Loodushoiu_ja_Turismi_Instituut, lk 332
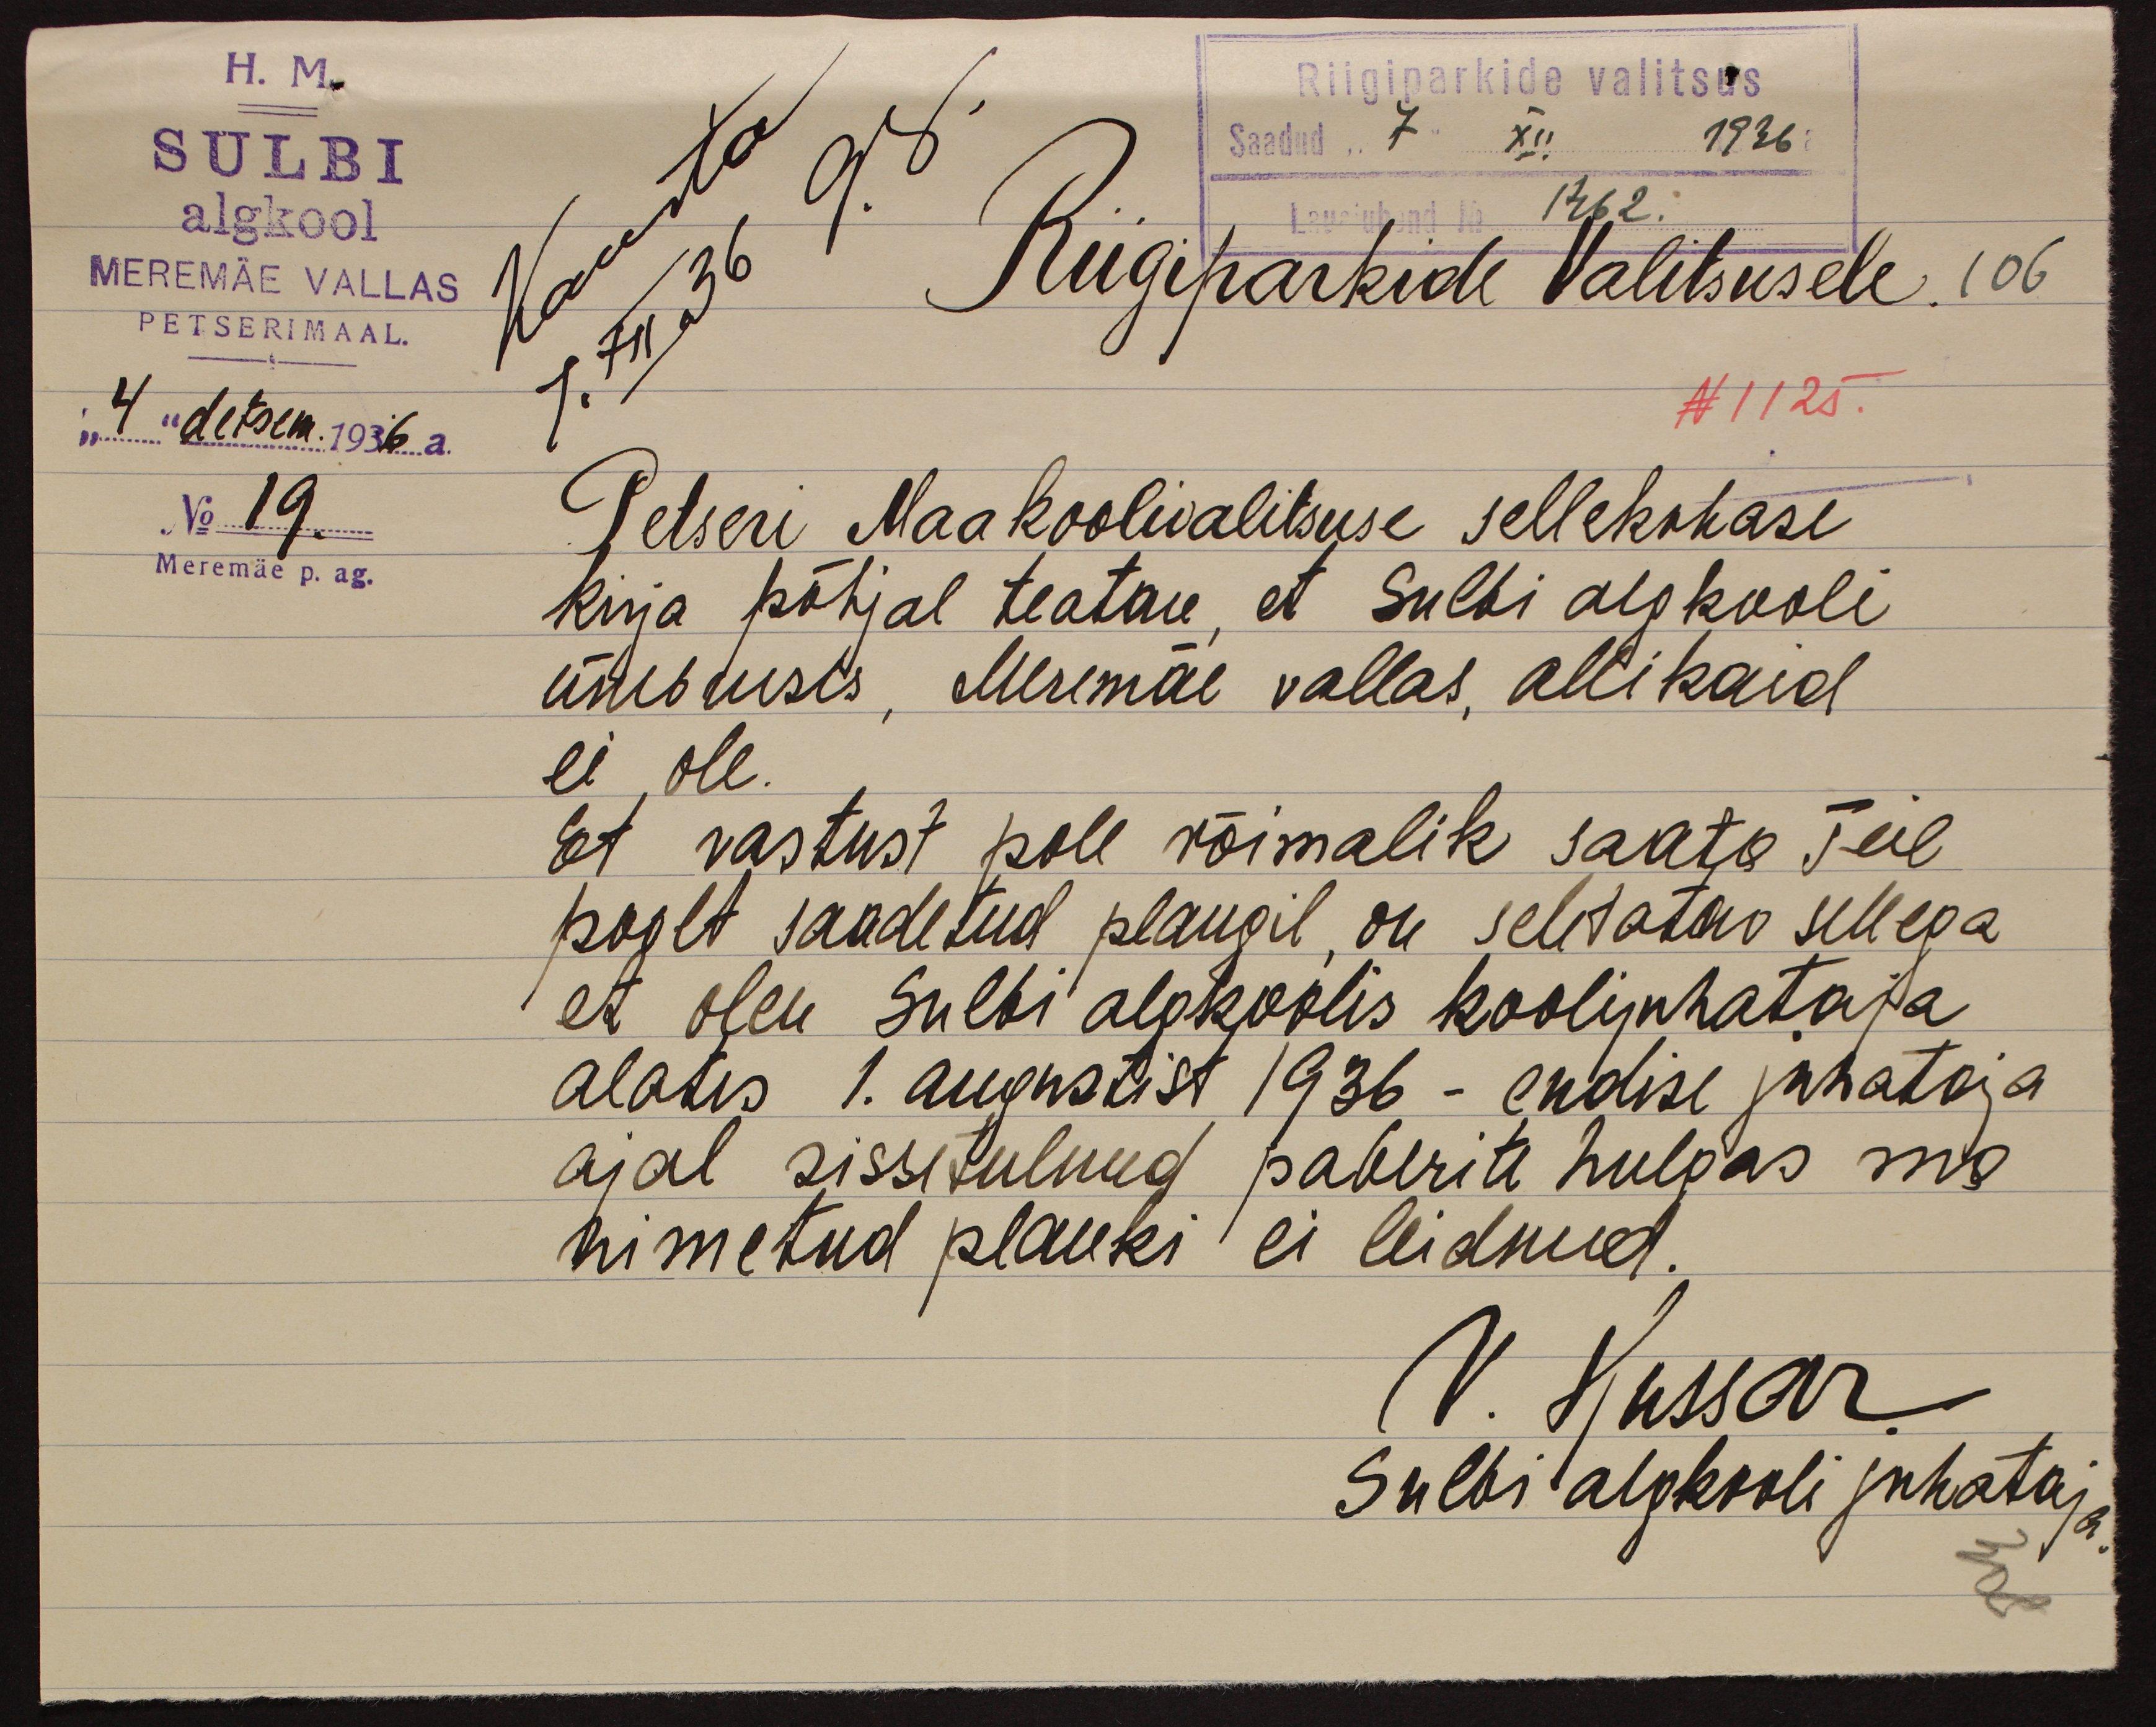
H. M.
Riigiparkide valitsus
SULBI
Saadud "7" XII 1936 a
algkool
Lauajuhend No 1462
MEREMÄE VALLAS
Riigiparkide Valitsusele.106
PETSERIMAAL.
"4" detsem. 1936 a.
N 1125.
No 19.
Petseri Maakoolivalitsuse sellekohase
Meremäe p. ag.
kirja põhjal teatan, et Sulbi algkooli
ümbruses, Meremae vallas, allikaid
ei ole.
Et vastust pole võimalik saata Teie
poolt saadetud plangil, on seletatav sellega
et olen Sulbi algkoolis koolijuhataja
alates 1. augustist 1936 - endise juhataja
ajal sissetulnud paberite hulgas ma
nimetud planki ei leidnud.
V. Hussar
Sulbi algkooli juhataja